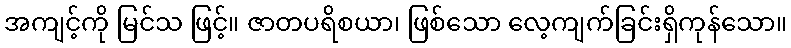
အကျင့်ကို မြင်သ ဖြင့်။ ဇာတပရိစယာ၊ ဖြစ်သော လေ့ကျက်ခြင်းရှိကုန်သော။